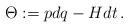
LaTeX: \begin{align*}\Theta:=p dq -H dt \, .\end{align*}